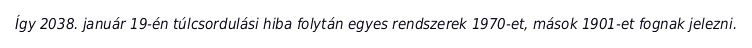
Így 2038. január 19-én túlcsordulási hiba folytán egyes rendszerek 1970-et, mások 1901-et fognak jelezni.